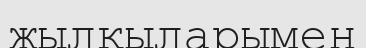
жылқыларымен